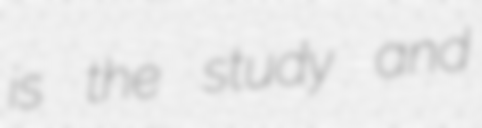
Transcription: is the study and